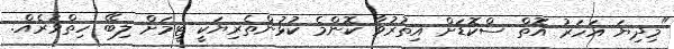
"މިދިޔަ އަހަރު އޮތް ސްކޮޑަށް އިތުރުވާ ކޮންމެ ކުޅުންތެރިޔަކީ ޓީމަށް ލިބޭ ހިތްވަރެއް.